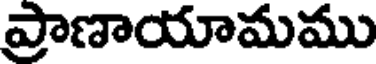
ప్రాణాయామము